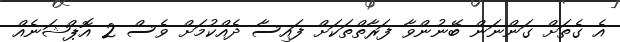
އެ ގެތަށް ގަންނަން ބޭނުންވާ ފަރާތްތަކަށް ފައިސާ ދެއްކުމަށް ވެސް 2 އޮޕްޝަނެއް